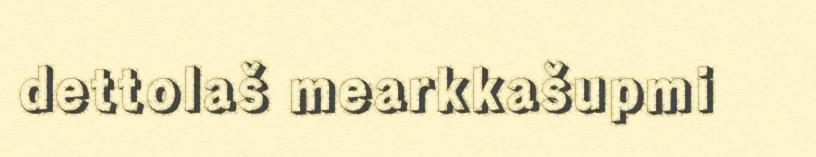
dettolaš mearkkašupmi